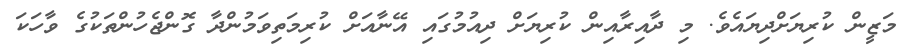
މަޒީން ކުރިޔަށްދިޔައެވެ. މި ދާއިރާއިން ކުރިޔަށް ދިއުމުގައި އޭނާއަށް ކުރިމަތިވަމުންދާ ގޮންޖެހުންތަކުގެ ވާހަކަ